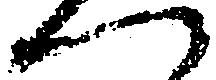
へ